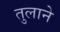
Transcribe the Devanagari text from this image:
तुलाने